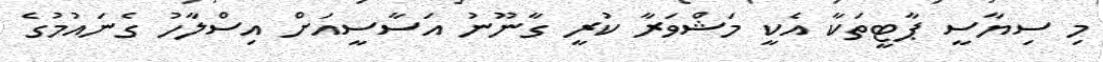
މި ސިޔާސީ ޕާޓީތަކާ އެކީ މަޝްވަރާ ކުރީ ގާނޫނު އަސާސީއަށް އިސްލާހު ގެނައުމުގެ